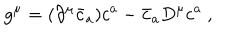
g ^ { \mu } = ( \partial ^ { \mu } \bar { c } _ { a } ) c ^ { a } - \bar { c } _ { a } D ^ { \mu } c ^ { a } ~ ,